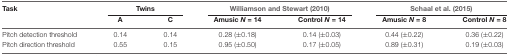
<table><thead><tr><td><b>Task</b></td><td colspan="2"><b>Twins</b></td><td colspan="2"><b>Williamson and Stewart (2010)</b></td><td colspan="2"><b>Schaal et al. (2015)</b></td></tr><tr><td></td><td><b>A</b></td><td><b>C</b></td><td><b>Amusic <i>N</i> = 14</b></td><td><b>Control <i>N</i> = 14</b></td><td><b>Amusic <i>N</i> = 8</b></td><td><b>Control <i>N</i> = 8</b></td></tr></thead><tbody><tr><td>Pitch detection threshold</td><td>0.14</td><td>0.14</td><td>0.28 (±0.18)</td><td>0.14 (±0.03)</td><td>0.44 (±0.22)</td><td>0.36 (±0.22)</td></tr><tr><td>Pitch direction threshold</td><td>0.55</td><td>0.15</td><td>0.95 (±0.50)</td><td>0.17 (±0.05)</td><td>0.89 (±0.31)</td><td>0.19 (±0.03)</td></tr></tbody></table>